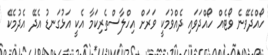
ހޯއްދެވޭނެ ވޯޓެއް ހޯއްދަވައި ދެއްވުމަކީ ވަރަށް އިހްލާސްތެރިކަމާ އެކީ އަޅުގަނޑު އެދޭ އެދުމެކޭ